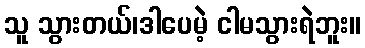
သူ သွားတယ်၊ဒါပေမဲ့ ငါမသွားရဲဘူး။